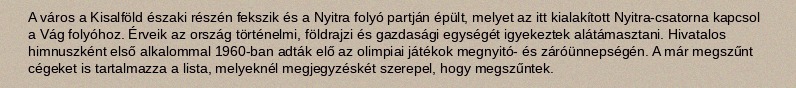
A város a Kisalföld északi részén fekszik és a Nyitra folyó partján épült, melyet az itt kialakított Nyitra-csatorna kapcsol a Vág folyóhoz. Érveik az ország történelmi, földrajzi és gazdasági egységét igyekeztek alátámasztani. Hivatalos himnuszként első alkalommal 1960-ban adták elő az olimpiai játékok megnyitó- és záróünnepségén. A már megszűnt cégeket is tartalmazza a lista, melyeknél megjegyzéskét szerepel, hogy megszűntek.